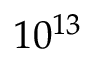
1 0 ^ { 1 3 }